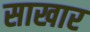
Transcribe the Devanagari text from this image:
साखार